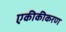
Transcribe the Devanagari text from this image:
एकीकीकरण